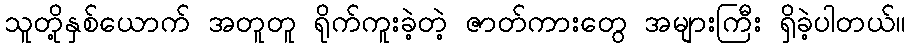
သူတို့နှစ်ယောက် အတူတူ ရိုက်ကူးခဲ့တဲ့ ဇာတ်ကားတွေ အများကြီး ရှိခဲ့ပါတယ်။